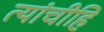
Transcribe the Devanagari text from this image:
त्यांचीहि